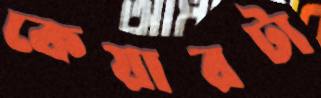
কেয়ারটা